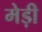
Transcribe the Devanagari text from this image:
मेड़ी